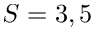
S = 3 , 5